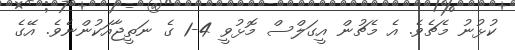
ކުޅުނު މެޗެވެ. އެ މެޗުން އީގަލްސް މޮޅުވީ 4-1 ގެ ނަތީޖާއަކުންނެވެ. އޭގެ